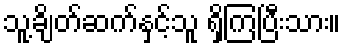
သူ့ချိတ်ဆက်နှင့်သူ ရှိကြပြီးသား။